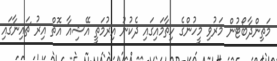
މަތިންދާބޯޓުން މަރުވި މީހުންގެ ހިތާމައިގައި ދެކުނު އިރުމަތީ އޭޝިއާ އޮތް އިރު ޗައިނާގައި